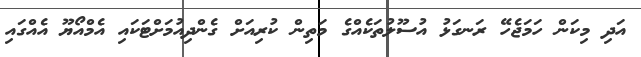
އަދި މިކަން ހަމަޖެހޭ ރަނގަޅު އުސޫލުތަކެއްގެ މަތިން ކުރިއަށް ގެންދިއުމަށްޓަކައި އެމްއޯޔޫ އެއްގައި